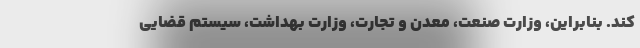
کند. بنابراین، وزارت صنعت، معدن و تجارت، وزارت بهداشت، سیستم قضایی